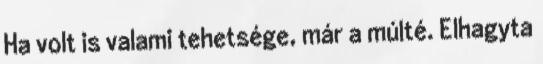
Ha volt is valami tehetsége, már a múlté. Elhagyta